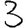
Digit: 3